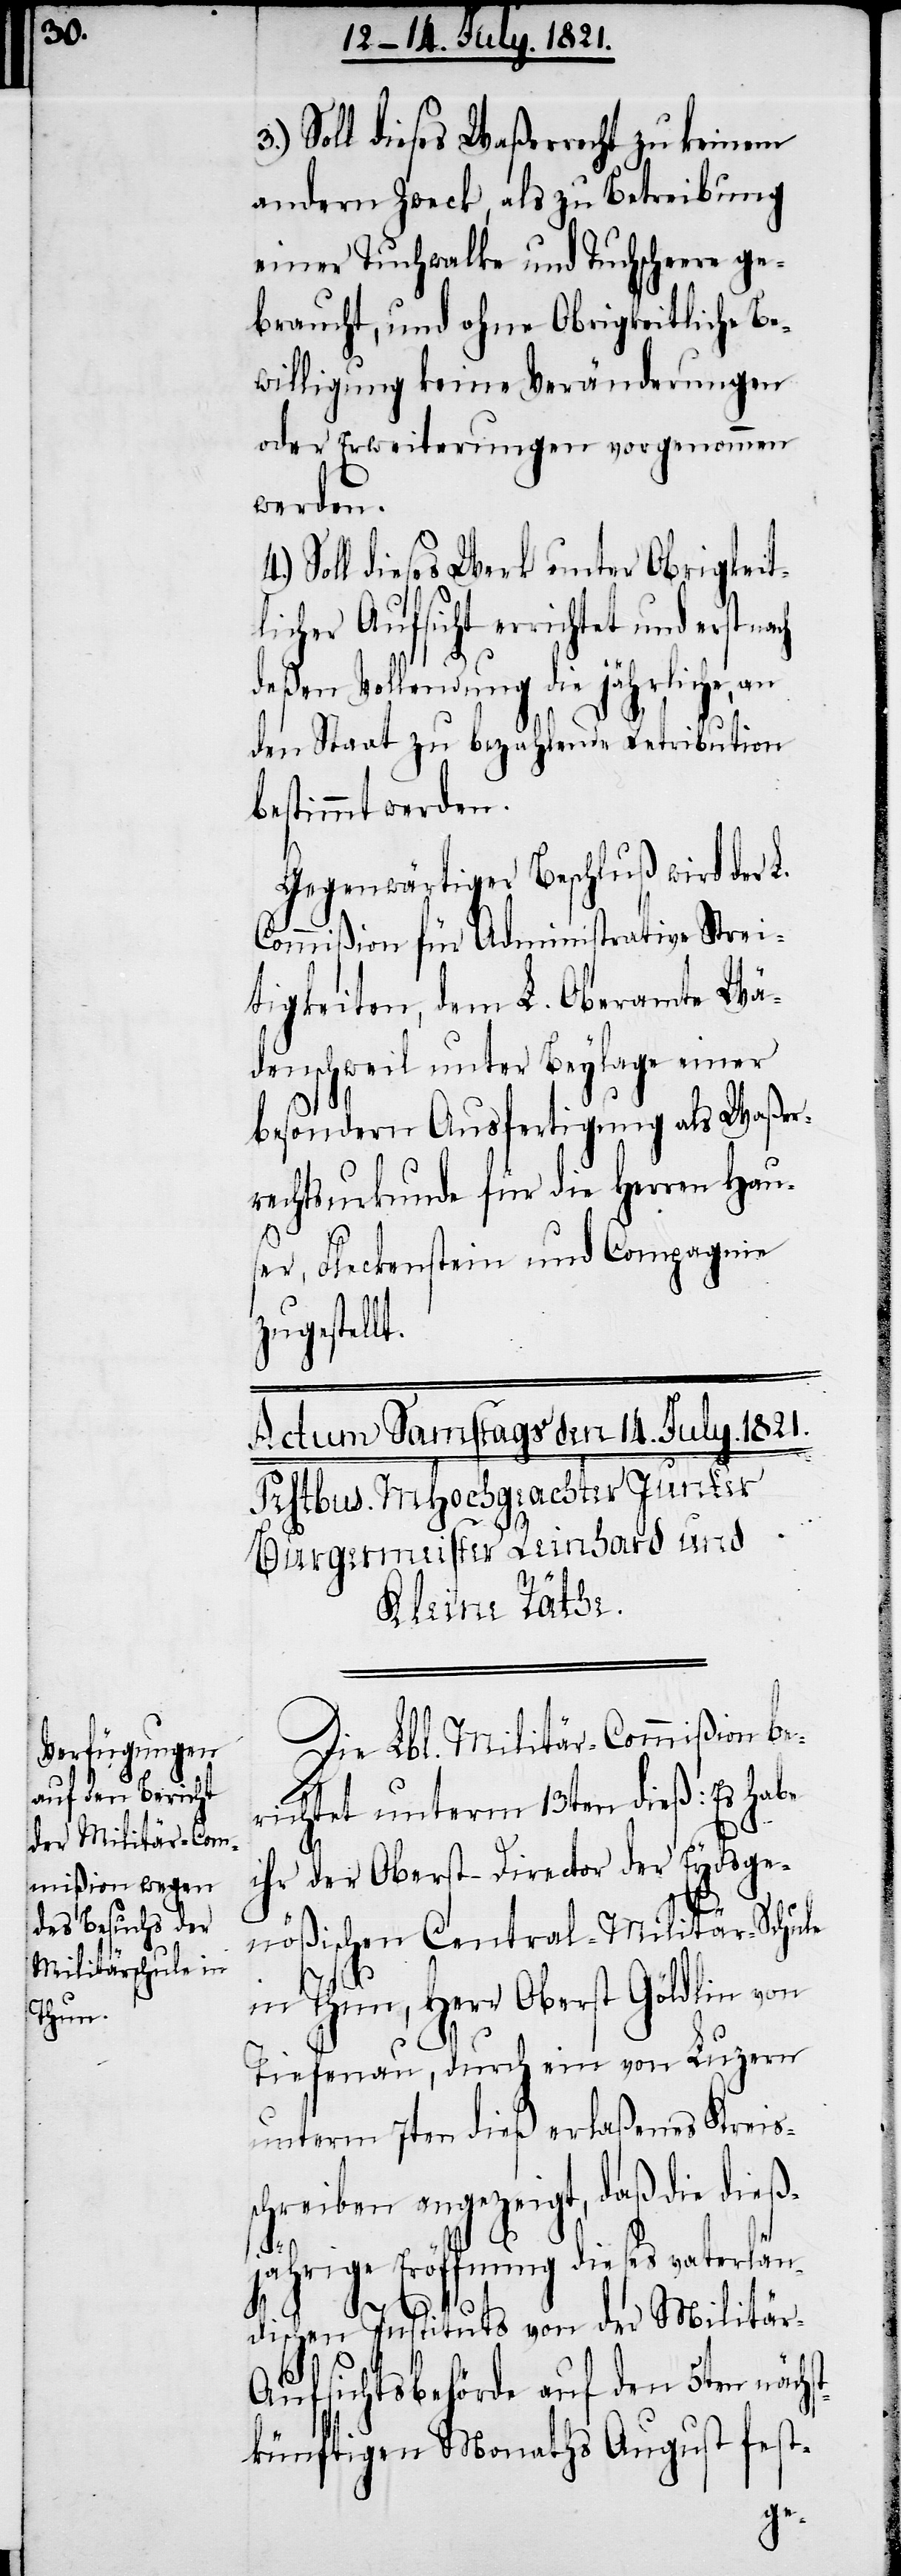
3.)

Soll dieses Waßerrecht zu keinem
andern Zwecke, als zu Betreibung
einer Tuchwalke und Tuchscheere ge¬
braucht, und ohne Obrigkeitliche Be¬
willigung keine Veränderungen
oder Erweiterungen vorgenommen
werden.
Soll dieses Werk unter Obrigkeit¬
licher Aufsicht errichtet und erst
deßen Vollendung die jährliche, an
den Staat zu bezahlende Retribution
bestimmt werden.
Commißion für Administrative Strei¬
tigkeiten, dem L. Oberamte Wä¬
denschweil unter Beylage einer
besondern Ausfertigung als Waßer¬
rechtsurkunde für die Herren Hans¬
er, Fleckenstein und Compagnie
zugestellt.
Die Lbl. Militär-Commißion be¬
richtet unterm 13ten dieß: Es habe
ihr der Oberst-Director der Eydsge¬
nößischen Central-Militär-Schule
in Thun, Herr Oberst Göldlin von
Tiefenau, durch ein von Luzern
unterm 7ten dieß erlaßenes Kreis¬
schreiben angezeigt, daß die dieß¬
L.
jährige Eröffnung dieses vaterlän¬
dischen Instituts von der Militär-A¬
ufsichtsbehörde auf den 5ten näch¬
stkünftigen Monaths August fest-